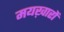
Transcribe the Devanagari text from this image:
मयख़ारों